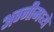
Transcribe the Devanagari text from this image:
अग्नीमध्ये